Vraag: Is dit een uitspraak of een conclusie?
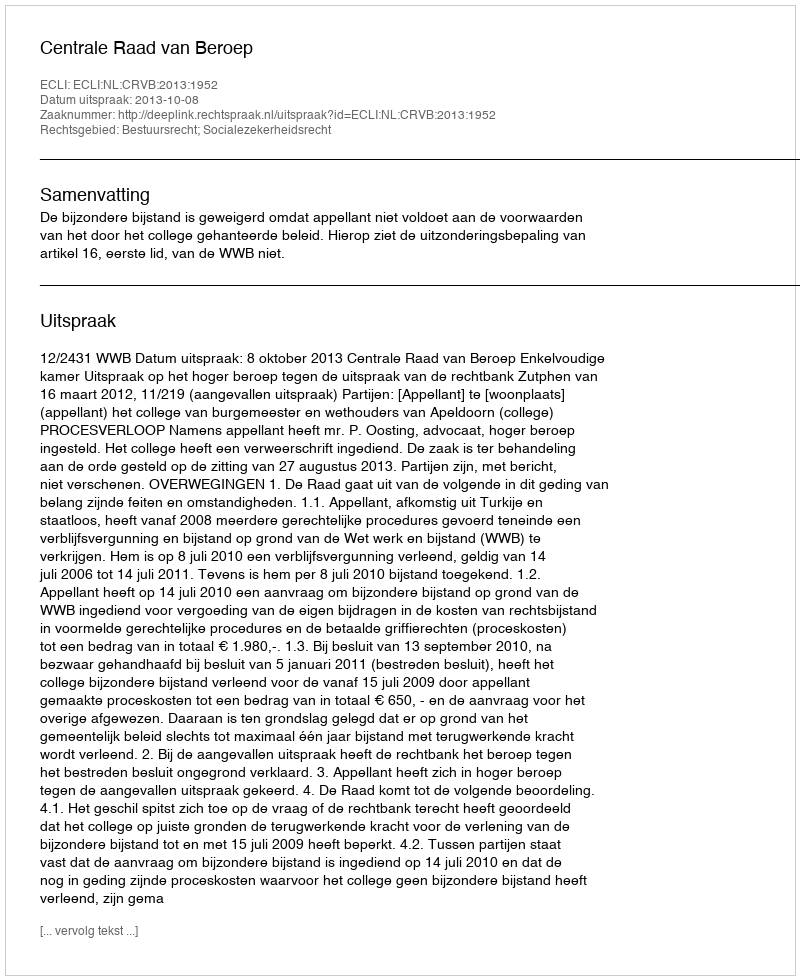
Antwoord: Uitspraak